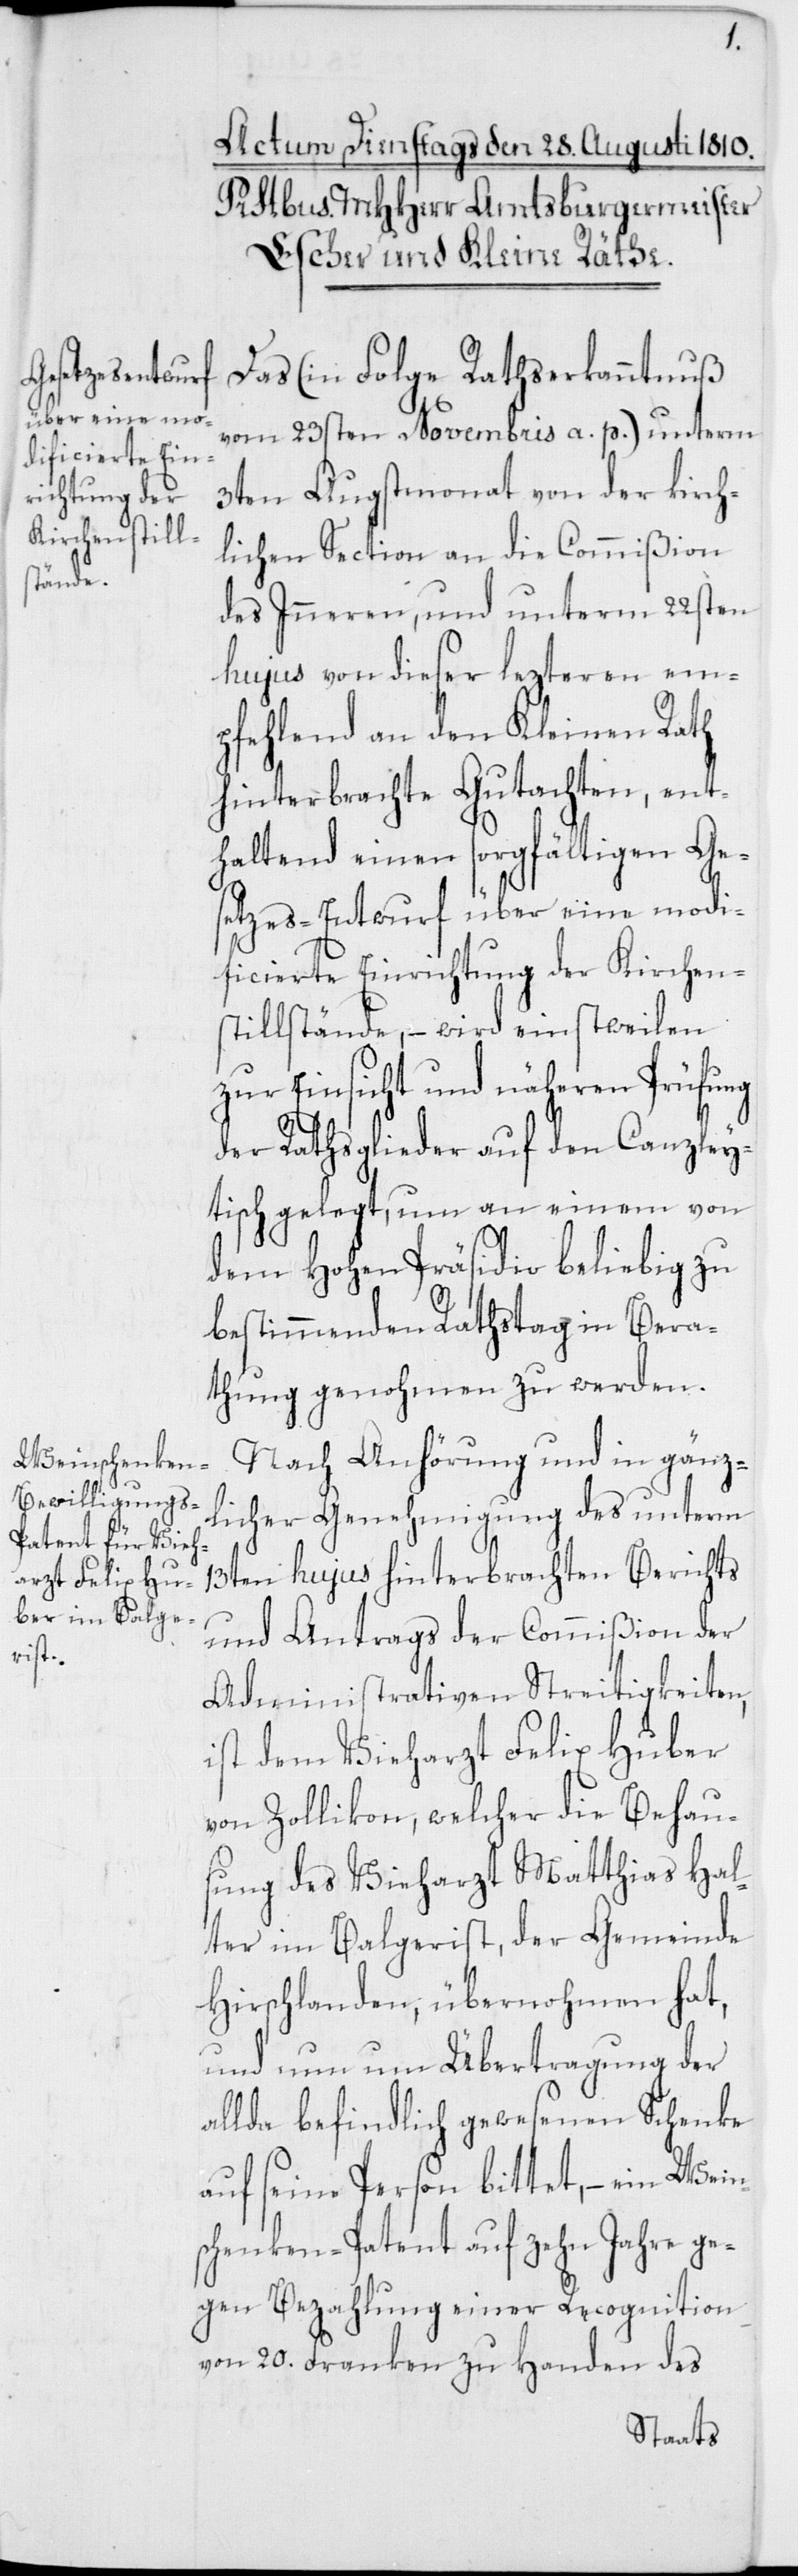
Das (in Folge Rathserkanntnuß
vom 23sten Novembris a. p.) unterm
3ten Augstmonat von der kirch¬
lichen Section an die Commißion
des Inneren, und unterm 22sten
hujus von dieser letzteren em¬
pfehlend an den Kleinen Rath
hinterbrachte Gutachten, ent¬
haltend einen sorgfältigen Ges¬
etzes-Entwurf über eine modi¬
ficierte Einrichtung der Kirchen¬
stillstände, – wird einstweilen
zur Einsicht und näheren Prüfung
der Rathsglieder auf den Canzley¬
tisch gelegt, um an einem von
dem Hohen Präsidio beliebig zu
bestimmenden Rathstag in Bera¬
thung genohmen zu werden.
Nach Anhörung und in gänz¬
licher Genehmigung des unterm
13ten hujus hinterbrachten Berichts
und Antrags der Commißion der
Administrativen Streitigkeiten,
ist dem Vieharzt Felix Huber
von Zollikon, welcher die Behau¬
sung des Vieharzt Matthias Hal¬
ter im Balgerist, der Gemeinde
Hirschlanden, übernohmen hat,
und nun um Übertragung der
allda befindlich gewesenen Schenke
auf seine Person bittet, – ein Wein¬
schenken-Patent auf zehn Jahre ge¬
gen Bezahlung einer Recognition
von 20. Franken zu Handen des